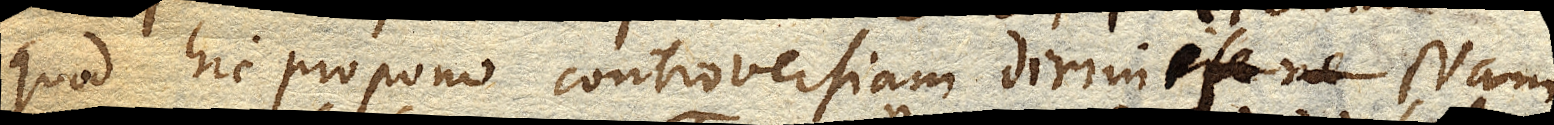
quod hic propono controversiam dirimet. Nam